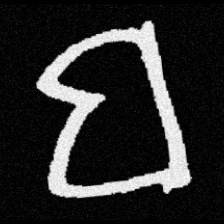
Pyu character \u2014 Myanmar letter: ဗ (romanized: ba)